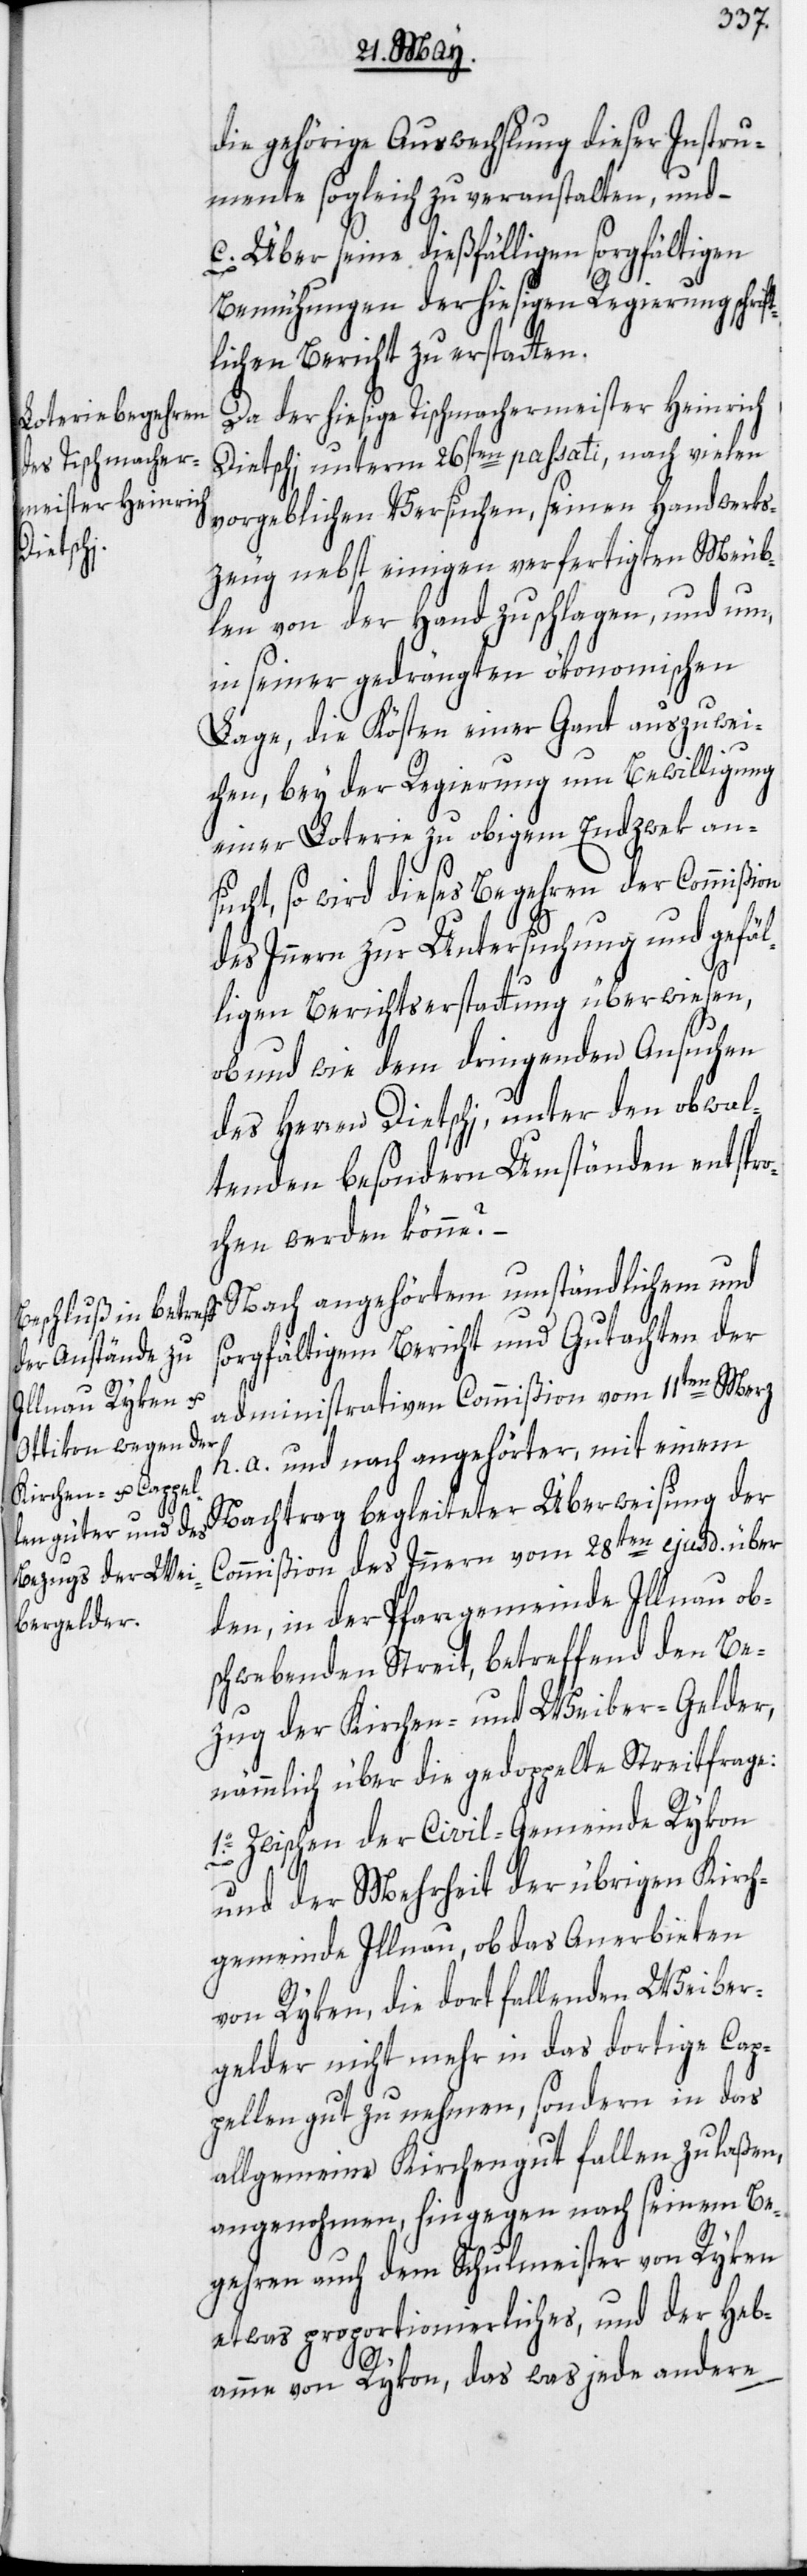
die gehörige Auswechslung dieser Instru¬
mente sogleich zu veranstalten, und –
c. Über seine dießfälligen sorgfältigen
Bemühungen der hiesigen Regierung schrift¬
lichen Bericht zu erstatten.
Da der hiesige Tischmachermeister Heinrich
Dietschi unterm 26sten passati, nach vielen
vorgeblichen Versuchen, seinen Handwerks¬
zeug nebst einigen verfertigten Meub¬
len von der Hand zu schlagen, und um,
in seiner gedrängten ökonomischen
Lage, die Kösten einer Gant auszuwei¬
chen, bey der Regierung um Bewilligung
einer Loterie zu obigem Endzwek an¬
sucht, so wird dieses Begehren der Commißion
des Innern zur Untersuchung und gefäl¬
ligen Berichtserstattung überwiesen,
ob und wie dem dringenden Ansuchen
des Herren Dietschi, unter den obwal¬
tenden besondern Umständen entspro¬
chen werden könne?
Nach angehörtem umständlichem und
sorgfältigem Bericht und Gutachten der
administrativen Commißion vom 11ten Merz
h. a. und nach angehörter, mit einem
Nachtrag begleiteter Überweisung der
Commißion des Innern vom 28ten ejusd. über
den, in der Pfarrgemeinde Illnau ob¬
schwebenden Streit, betreffend den Be¬
zug der Kirchen- und Weiber-Gelder,
nämmlich über die gedoppelte Streitfrage:
1o. Zwischen der Civil-Gemeinde Rykon
und der Mehrheit der übrigen Kirch¬
gemeinde Illnau, ob das Anerbieten
von Ryken, die dort fallenden Weiber¬
gelder nicht mehr in das dortige Cap¬
pellengut zu nehmen, sondern in das
allgemeine Kirchengut fallen zu laßen,
angenohmen, hingegen nach seinem Be¬
gehren auch dem Schulmeister von Ryken
etwas proportionierliches, und der Heb¬
amme von Rykon, das was jede andere